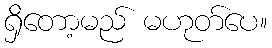
ရှိတော့မည် မဟုတ်ပေ။